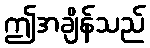
ဤအချိန်သည်